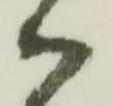
御